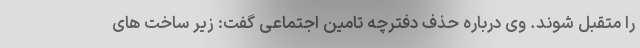
را متقبل شوند. وی درباره حذف دفترچه تامین اجتماعی گفت: زیر ساخت های